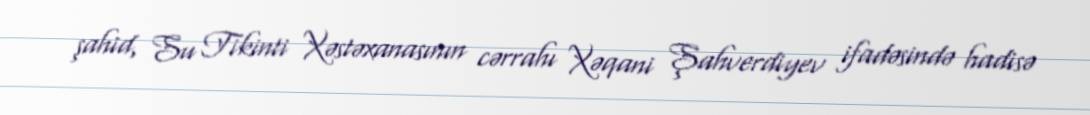
şahid, Su Tikinti Xəstəxanasının cərrahı Xəqani Şahverdiyev ifadəsində hadisə